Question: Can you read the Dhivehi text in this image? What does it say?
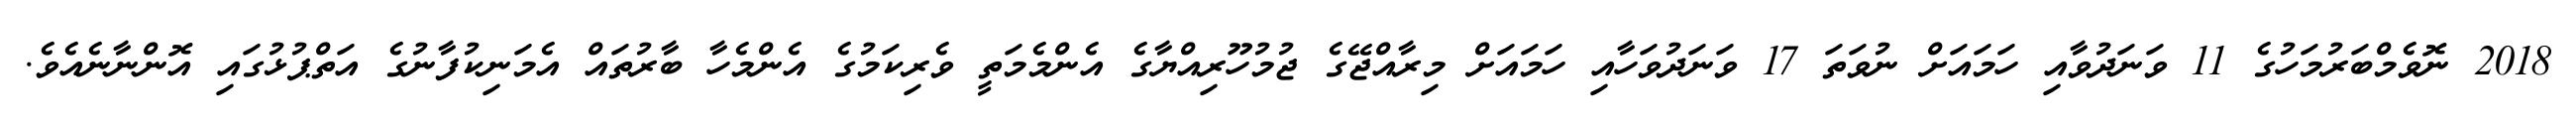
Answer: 2018 ނޮވެމްބަރުމަހުގެ 11 ވަނަދުވާއި ހަމައަށް ނުވަތަ 17 ވަނަދުވަހާއި ހަމައަށް މިރާއްޖޭގެ ޖުމުހޫރިއްޔާގެ އެންމެމަތީ ވެރިކަމުގެ އެންމެހާ ބާރުތައް އެމަނިކުފާނުގެ އަތްޕުޅުގައި އޮންނާނެއެވެ.